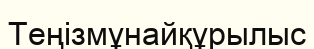
Теңізмұнайқұрылыс